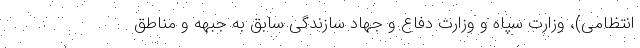
انتظامی)، وزارت سپاه و وزارت دفاع و جهاد سازندگی سابق به جبهه و مناطق